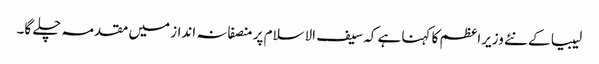
لیبیا کے نئے وزیراعظم کا کہنا ہے کہ سیف الاسلام پر منصفانہ انداز میں مقدمہ چلے گا۔